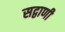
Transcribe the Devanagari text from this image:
सद्वाणी